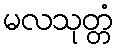
မလသုတ္တံ